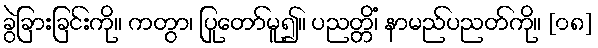
ခွဲခြားခြင်းကို။ ကတွာ၊ ပြုတော်မူ၍။ ပညတ္တိံ၊ နာမည်ပညတ်ကို။ [၀၈]